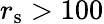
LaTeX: r_{\mathrm{s}}>100